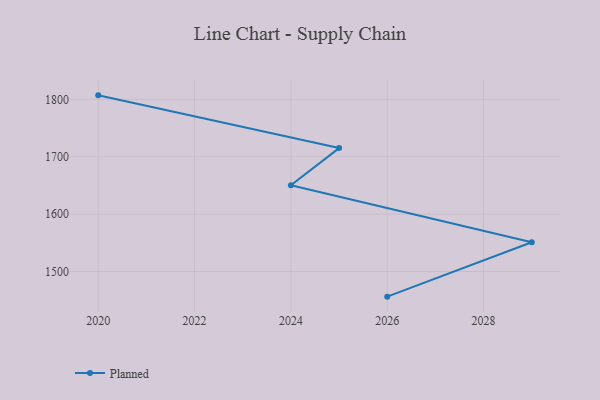
{"axis": {"x": "Year", "y": "Population (Million)"}, "legend": ["Planned"], "data": [{"x": "2020", "y": 1807.0, "type": "Planned"}, {"x": "2025", "y": 1715.1, "type": "Planned"}, {"x": "2024", "y": 1650.3, "type": "Planned"}, {"x": "2029", "y": 1550.9, "type": "Planned"}, {"x": "2026", "y": 1456.2, "type": "Planned"}]}